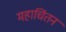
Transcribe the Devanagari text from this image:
महाचिंतन